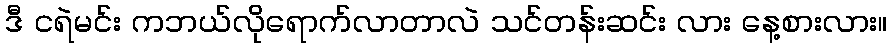
ဒီ ငရဲမင်း ကဘယ်လိုရောက်လာတာလဲ သင်တန်းဆင်း လား နေ့စားလား။